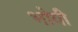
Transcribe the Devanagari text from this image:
भोयी